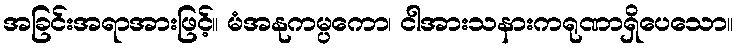
အခြင်းအရာအားဖြင့်။ မံအနုကမ္ပကော၊ ငါအားသနားကရုဏာရှိပေသော။